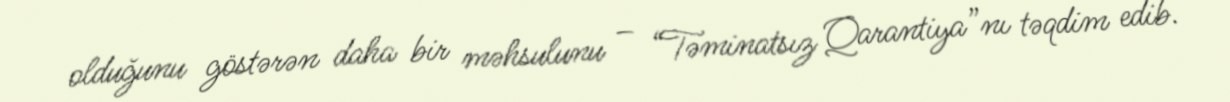
olduğunu göstərən daha bir məhsulunu – “Təminatsız Qarantiya”nı təqdim edib.